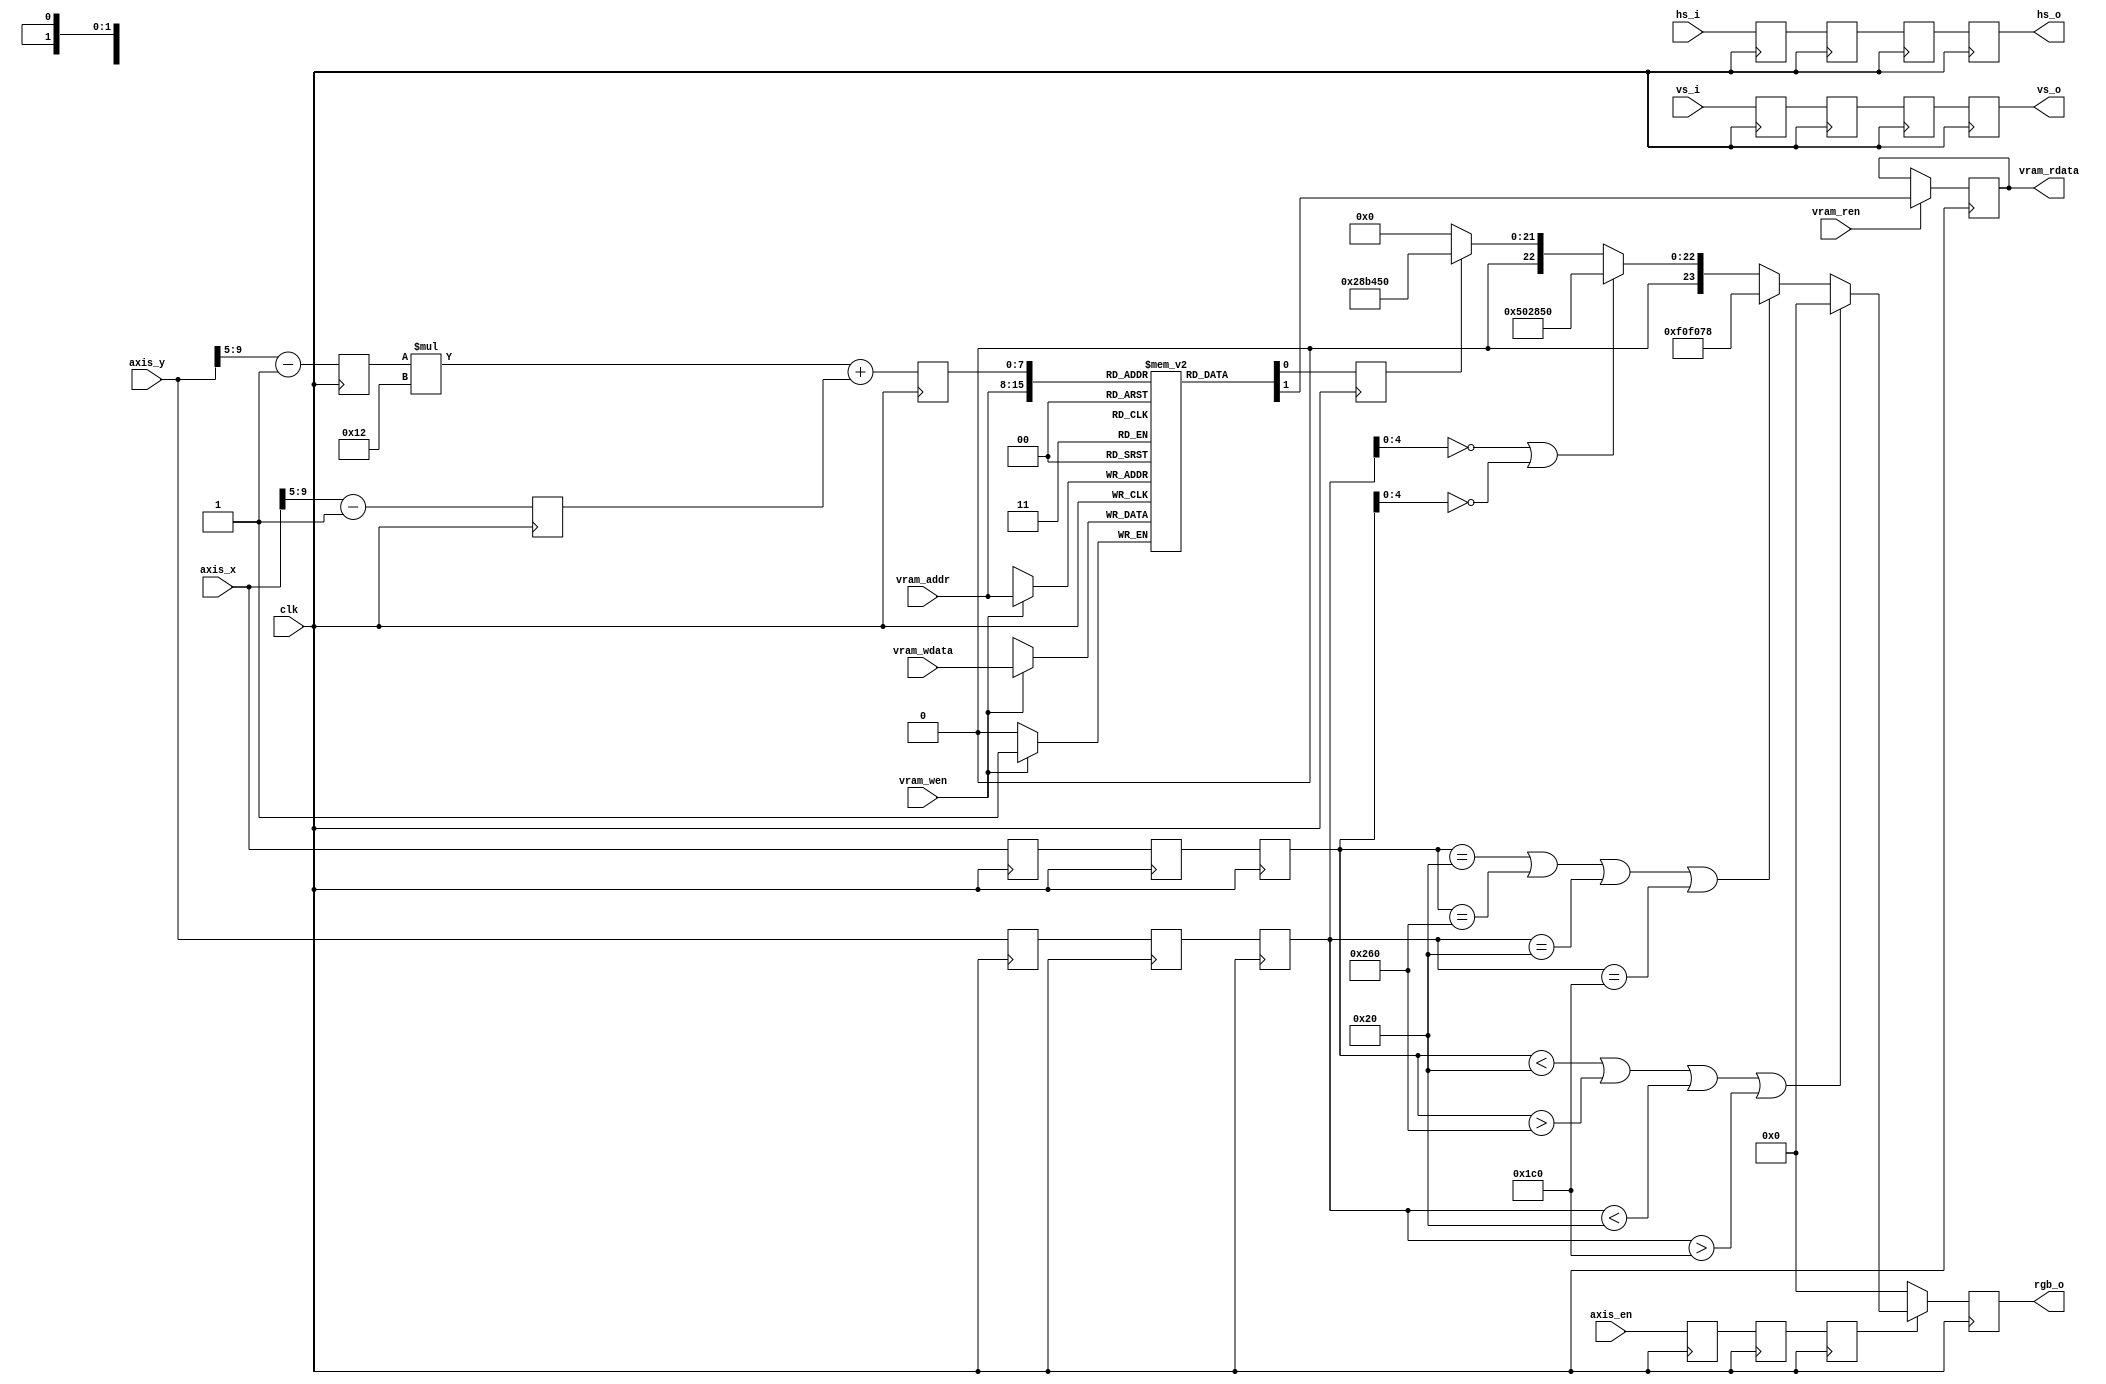
`timescale 1ns / 1ps
//////////////////////////////////////////////////////////////////////////////////
// Company: 
// Engineer: 
// 
// Create Date:
// Design Name: 
// Module Name: vram
// Project Name: 
// Target Devices: 
// Tool Versions: 
// Description: 
// 
// Dependencies: 
// 
// Revision:
// Revision 0.01 - File Created
// Additional Comments:
// 
//////////////////////////////////////////////////////////////////////////////////

module vram
(
	input	wire		clk,
	
	// 
	input	wire		vram_wen,
	input	wire		vram_wdata,
	input	wire		vram_ren,
	output	reg			vram_rdata,
	input	wire [7:0]	vram_addr,
	
	// vga(640 * 480)
	input	wire		hs_i,
	input	wire		vs_i,
	input	wire		axis_en,
	input	wire [10:0]	axis_x,
	input	wire [10:0] axis_y,
	
	// vga(640 * 480)
	output	reg			hs_o,
	output	reg			vs_o,
	output	reg [23:0]	rgb_o
);

reg state;
reg [4:0] mesh_x;
reg [4:0] mesh_y;
reg [7:0] mesh_addr;
reg vga_ram[0 : 18 * 13 - 1];

reg hs_i_d0;
reg vs_i_d0;
reg hs_i_d1;
reg vs_i_d1;
reg hs_i_d2;
reg vs_i_d2;
reg axis_en_d0;
reg [10:0] axis_x_d0;
reg [10:0] axis_y_d0;
reg axis_en_d1;
reg [10:0] axis_x_d1;
reg [10:0] axis_y_d1;
reg axis_en_d2;
reg [10:0] axis_x_d2;
reg [10:0] axis_y_d2;

// CPU
always@(posedge clk)
begin
	if(vram_wen)
		vga_ram[vram_addr] <= vram_wdata;
	if(vram_ren)
		vram_rdata <= vga_ram[vram_addr];
end

// (axis/32).
always@(posedge clk)
begin
	mesh_x <= axis_x[9:5] - 1;
	mesh_y <= axis_y[9:5] - 1;
end

// 
always@(posedge clk)
begin
	mesh_addr <=  mesh_y * 18 + mesh_x;
end

// 
always@(posedge clk)
begin
	state <= vga_ram[mesh_addr];
end

// 
always@(posedge clk)
begin
	axis_en_d0 <= axis_en;
	axis_x_d0 <= axis_x;
	axis_y_d0 <= axis_y;
	
	axis_en_d1 <= axis_en_d0;
	axis_x_d1 <= axis_x_d0;
	axis_y_d1 <= axis_y_d0;
	
	axis_en_d2 <= axis_en_d1;
	axis_x_d2 <= axis_x_d1;
	axis_y_d2 <= axis_y_d1;
end

// 
always@(posedge clk)
begin
	hs_i_d0 <= hs_i;
	vs_i_d0 <= vs_i;
	
	hs_i_d1 <= hs_i_d0;
	vs_i_d1 <= vs_i_d0;
	
	hs_i_d2 <= hs_i_d1;
	vs_i_d2 <= vs_i_d1;
end

// 
// always@(posedge clk)
always@(negedge clk)
begin
	if(axis_en_d2)
	begin
		if(axis_x_d2 < 32 || axis_x_d2 > (640 - 32) || axis_y_d2 < 32 || axis_y_d2 > (480 - 32)) // 
			rgb_o <= 0;
		else if(axis_x_d2 == 32 || axis_x_d2 == (640 - 32) || axis_y_d2 == 32 || axis_y_d2 == (480 - 32)) // 
			rgb_o <= {8'd240, 8'd240, 8'd120};
		else if(axis_y_d2[4:0] == 0 || axis_x_d2[4:0] == 0) // 
			rgb_o <= {8'd80, 8'd40, 8'd80};
		else if(state) // 
			rgb_o <= {8'd40, 8'd180, 8'd80};
		else
			rgb_o <= 0;
	end
	else
		rgb_o <= 0;
end

// 
// always@(posedge clk)
always@(negedge clk)
begin
	hs_o <= hs_i_d2;
	vs_o <= vs_i_d2;
end

endmodule